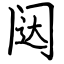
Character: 闼